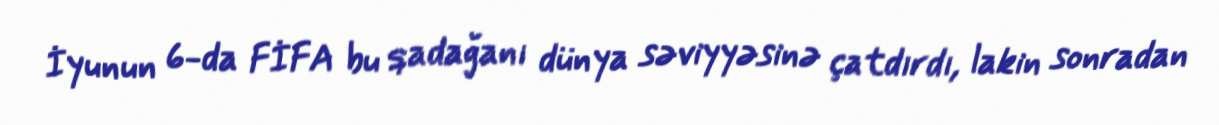
İyunun 6-da FİFA bu qadağanı dünya səviyyəsinə çatdırdı, lakin sonradan